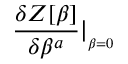
{ \frac { \delta Z [ \beta ] } { \delta \beta ^ { a } } } \vert _ { _ { \beta = 0 } } \,